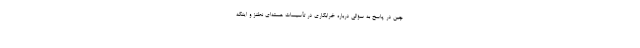
چین در پاسخ به سؤالی درباره خرابکاری در تأسیسات هسته‌ای نطنز و اینکه